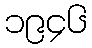
၁၉၄၆